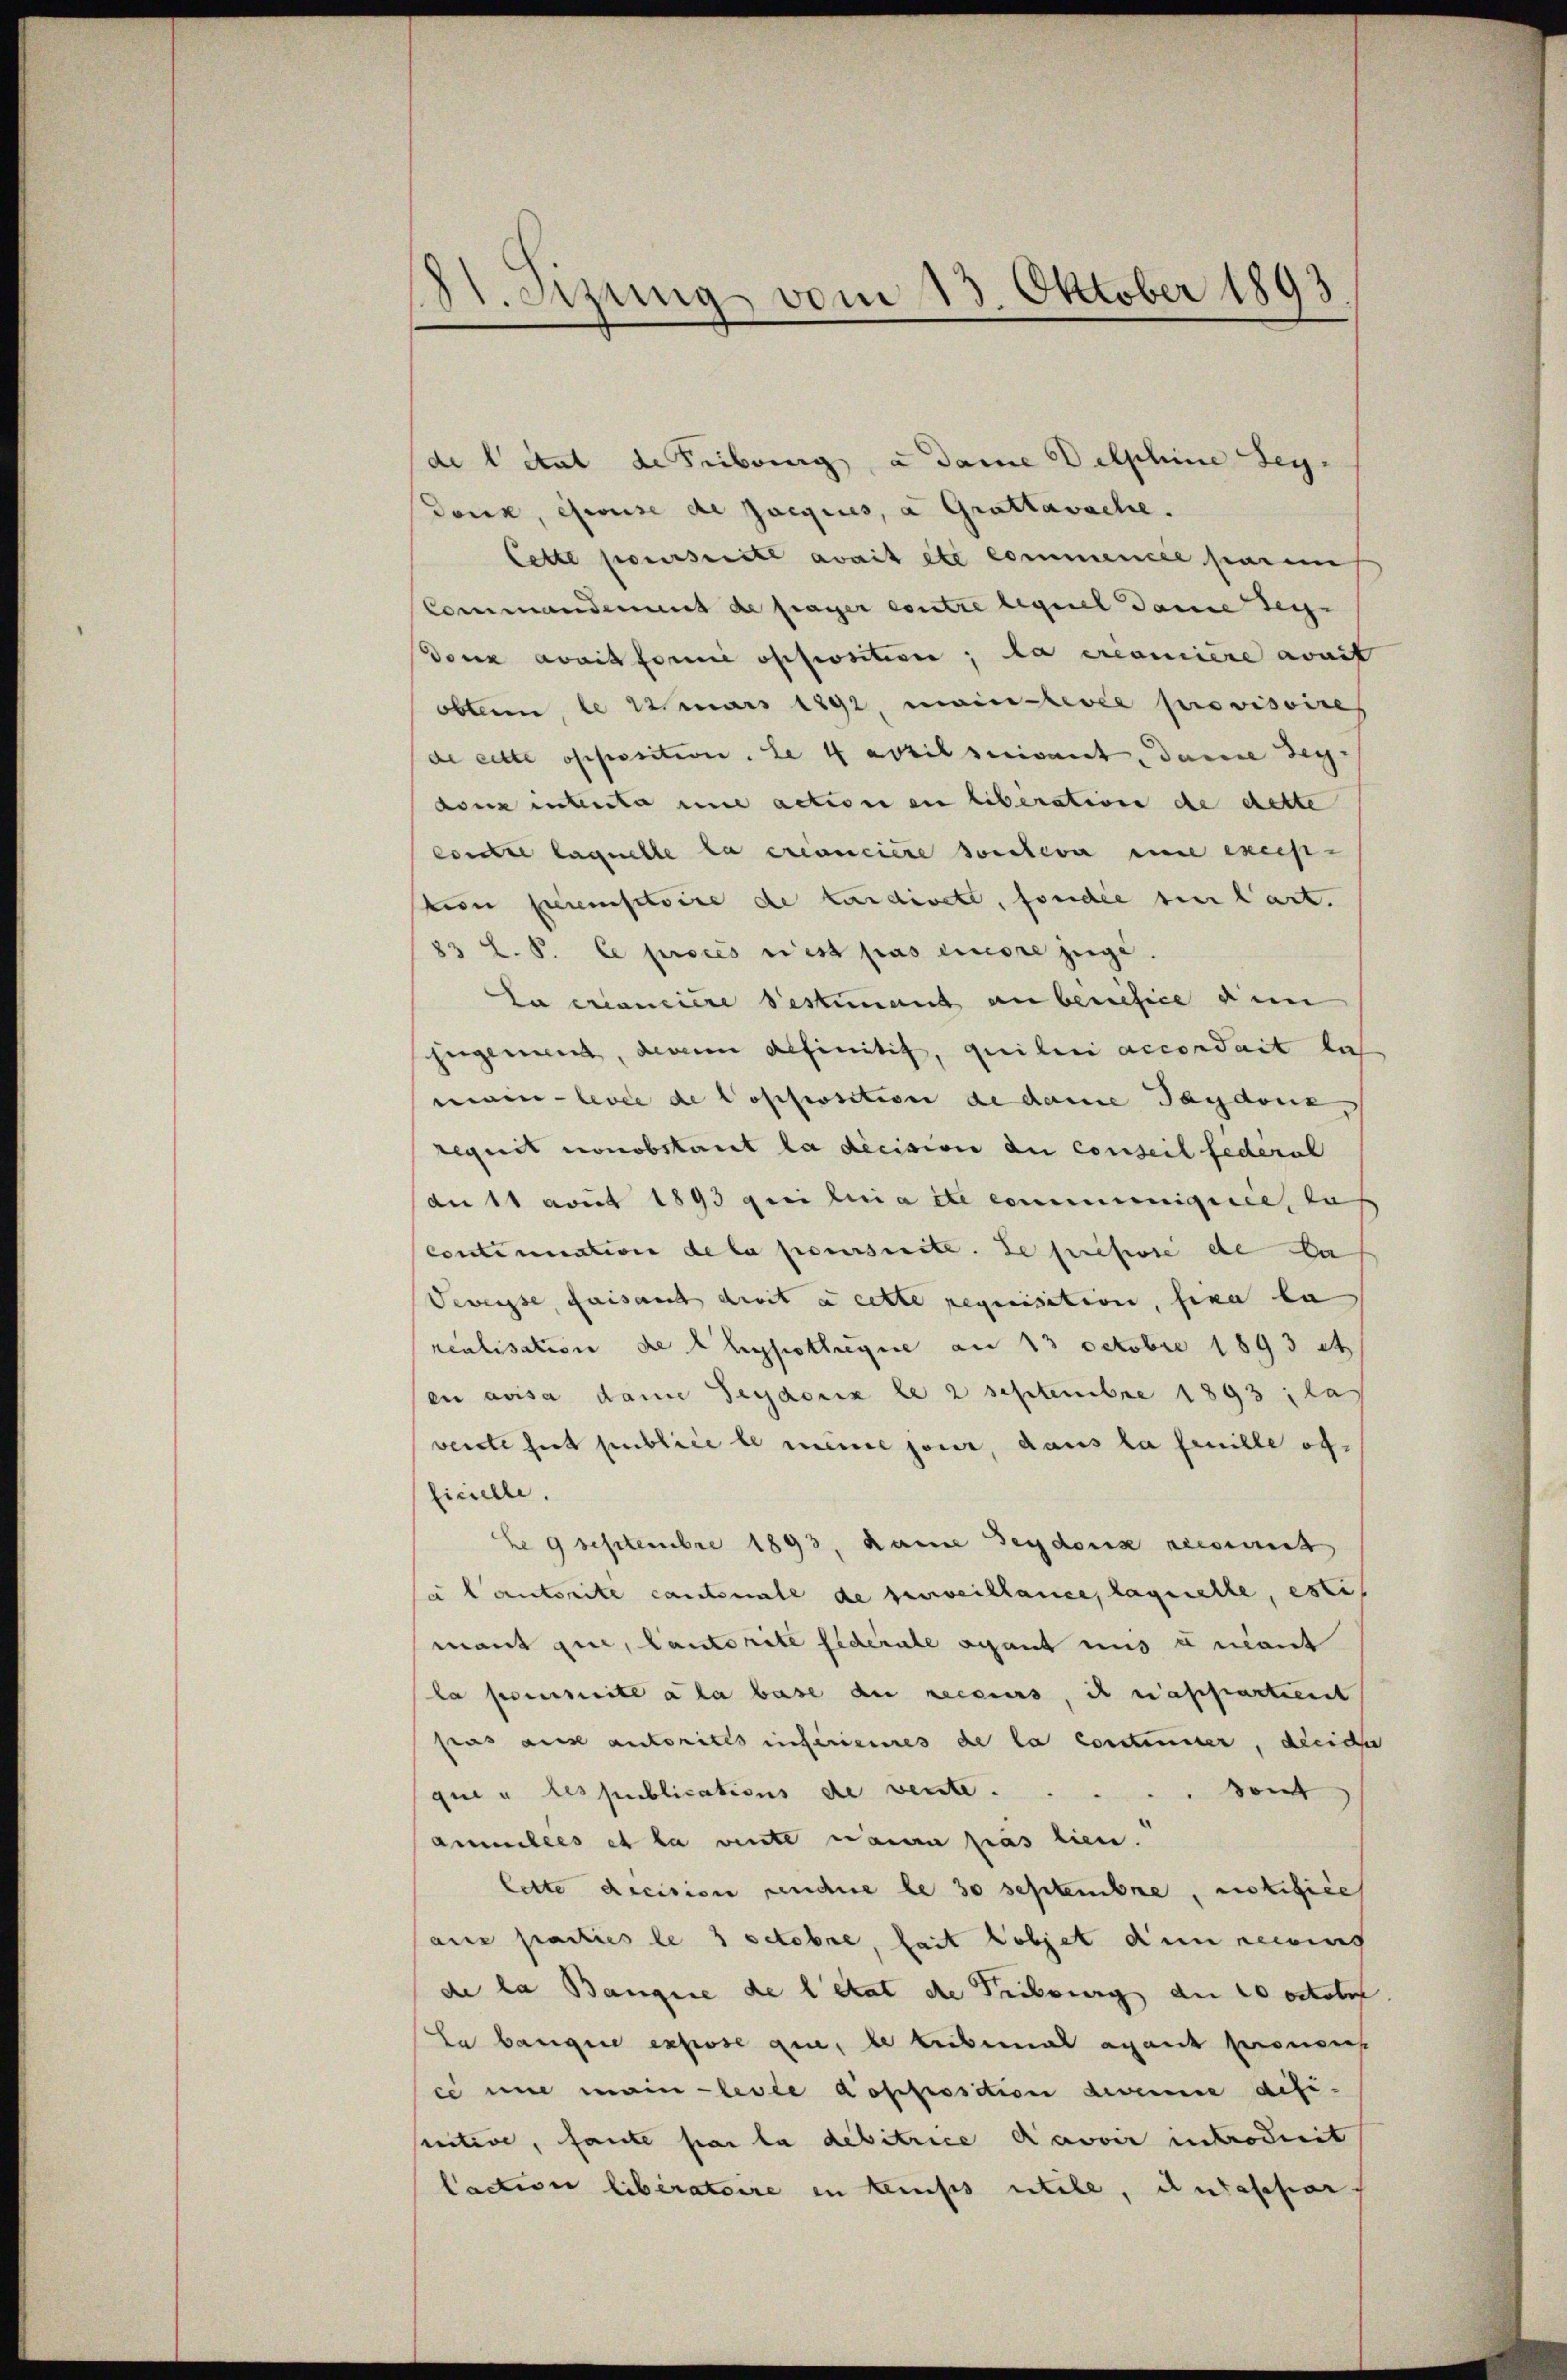
21. Sizung vom 13. Oktober 1893

de letzt de Tribung, u dame Delphine sey.
Dork, weise de paegices, a Grattawache.
Cette poursuite avait etc commence hieren
Commandenens de frager contre legeel Dame Tege
deux avait forme oppositiven, da ercamiere avait
obten, le 12 uars 1291, main-levée provisoires
de cette offessition. Le 4 april suivant Dane sey.
dann interte und action an liberation de dette
contre laquelle la créanciere sonderer eine exces-
tion seienstoire de tardiret, fondée sie art.
83 L. P. Ce proces rest pas encore zugi.
Da manciere Bestimmt an benefice den
jugeniert, denen definitif, quilini accordait las
main-levée de Popposition de dame Tagdouz,
requit nonobstant la dicision du conseil federal
An 11 von 1893 qui lui a été comminnigerie, zu
Continuation de la poursuite. Le presse de Da
deweisse, faisant drit à cette requisition, sera la
realisation de l’hypotlagne am 13 Octobre 1893 et
en avisa dame Seydeux le 2 Septembre 1893 las
verste hart publice le meine jour, dans la feuille officielle.
be 9 Septembre 1893, kame Tenders recommit
(a Cantorité cantonale de surveillance, laquelle, estit
mant que, Cantorite fiderale scant uns unant
la perimite ala base de recours, ich nassartient
pas aux autorites inférieures de la continuer, dreiche
que u des publications de vente.
Sont
aumilles et la vinte main pas lien.
lette decision sendue le 30 Septembre, notifice
aus parties les octobre, seit objet den recens
de la Bangie de letat die Tribung der 20 octobr.
La bange expose que, de tribemal agant prenges
ce une main-levée d’offrosition dereine defisective, faute par la debitrice davoir introdirit
lactiver liberatoire in temps utile, ausscher